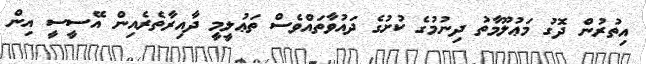
އިތުރުން ދޮގު މަޢުލޫމާތު ދިނުމުގެ ކުށުގެ ދައުވާތައްވެސް ތަޢުލީމީ ދާއިރާތެރެއިން އޭސީސީ އިން